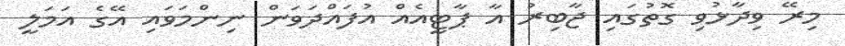
މިރޭ ވިދާޅުވި ގޮތުގައި ޖާބިރު އާ ޕާޓީއެއް އުފައްދަވަން ނިންމަވައި އޭގެ އަމަލީ